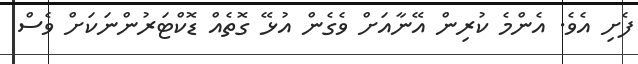
ފެށި އެވެ. އެންމެ ކުރިން އޭނާއަށް ވެގެން އުޅޭ ގޮތެއް ޑޮކްޓަރުންނަކަށް ވެސް